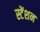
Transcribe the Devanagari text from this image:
स्टेंशन